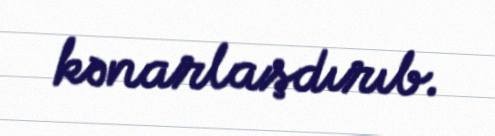
kənarlaşdırıb.